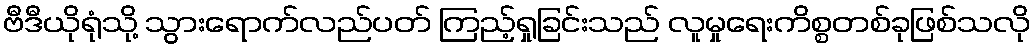
ဗီဒီယိုရုံသို့ သွားရောက်လည်ပတ် ကြည့်ရှုခြင်းသည် လူမှုရေးကိစ္စတစ်ခုဖြစ်သလို